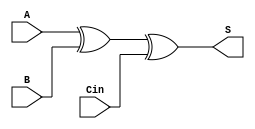
module full_adder(S, A, B, Cin);

	input A, B, Cin;
	wire P, G;
	output S;
	wire w1, w2, w3;

	xor XOR1(P, A, B);
	and AND1(G, A, B);
	xor XOR2(S, P, Cin);

endmodule